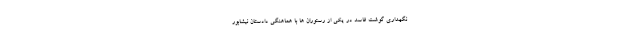
نگهداری گوشت فاسد در یکی از رستوران ها با هماهنگی دادستان نیشابور